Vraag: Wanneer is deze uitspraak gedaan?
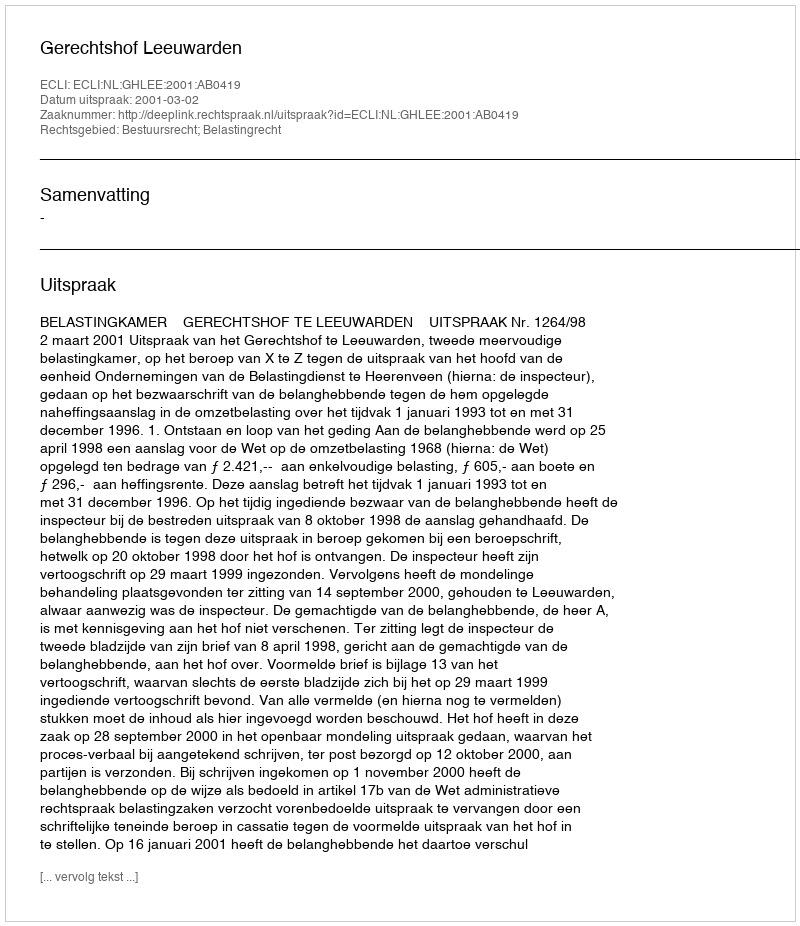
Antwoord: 2001-03-02